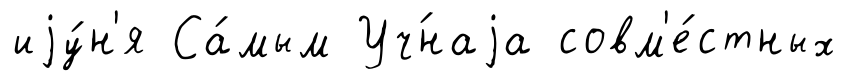
иjу́н'я Са́мым Уч́наjа совм'е́стных